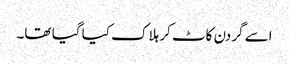
اسے گردن کاٹ کر ہلاک کیا گیا تھا۔